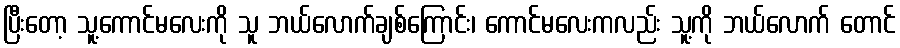
ပြီးတော့ သူ့ကောင်မလေးကို သူ ဘယ်လောက်ချစ်ကြောင်း၊ ကောင်မလေးကလည်း သူ့ကို ဘယ်လောက် တောင်